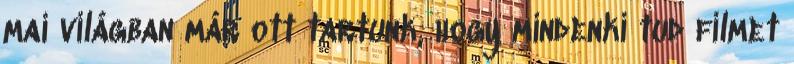
mai világban már ott tartunk, hogy mindenki tud filmet